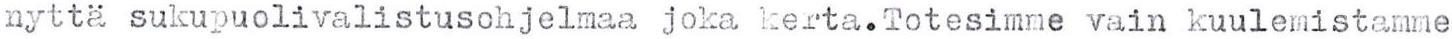
nyttä sukupuolivalistusohjelmaa joka kerta.Totesimme vain kuulemistamme